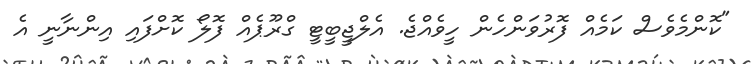
"ކޮންމެވެސް ކަމެއް ފޮރުވަންހެން ހީވެއްޖެ. އެލްޖީބީޓީ ގްރޫޕެއް ފޮލޯ ކޮށްފައި އިންނާނީ އެ